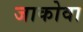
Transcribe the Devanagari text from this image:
जाकोवा